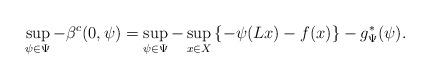
LaTeX: \begin{align*}\sup_{\psi\in\Psi} - \beta^c (0,\psi) = \sup_{\psi\in\Psi} - \sup_{x\in X} \left\{-\psi (Lx) - f(x)\right\}-g^{*}_{\Psi}(\psi). \end{align*}